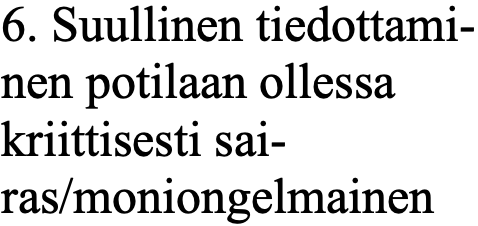
6. Suullinen tiedottami- nen potilaan ollessa kriittisesti sai- ras/moniongelmainen